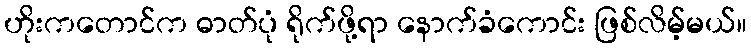
ဟိုးကတောင်က ဓာတ်ပုံ ရိုက်ဖို့ရာ နောက်ခံကောင်း ဖြစ်လိမ့်မယ်။